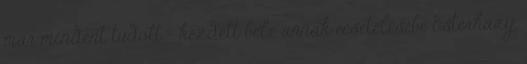
már mindent tudott – kezdett bele annak ecsetelésébe Esterházy,